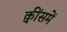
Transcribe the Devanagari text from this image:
क्वींसमें